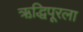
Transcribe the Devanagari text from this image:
ऋद्धिपूरला